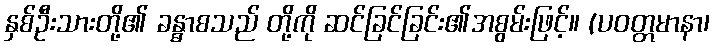
နှစ်ဦးသားတို့၏ ခန္ဓာစသည် တို့ကို ဆင်ခြင်ခြင်း၏အစွမ်းဖြင့်။ (ပဝတ္တမာနာ၊